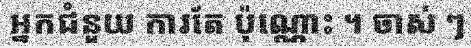
អ្នកជំនួយ ការតែ ប៉ុណ្ណោះ ។ ចាស់ ៗ